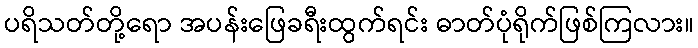
ပရိသတ်တို့ရော အပန်းဖြေခရီးထွက်ရင်း ဓာတ်ပုံရိုက်ဖြစ်ကြလား။